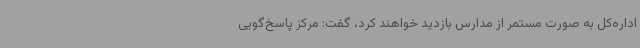
اداره‌کل به صورت مستمر از مدارس بازدید خواهند کرد، گفت: مرکز پاسخ‌گویی